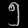
Digit: ၅